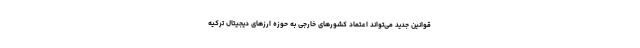
قوانین جدید می‌تواند اعتماد کشورهای خارجی به حوزه ارزهای دیجیتال ترکیه